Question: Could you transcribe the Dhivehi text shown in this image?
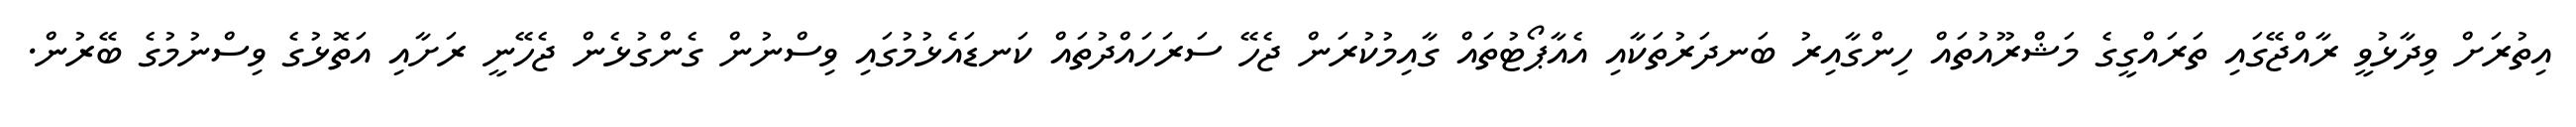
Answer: އިތުރަށް ވިދާޅުވީ ރާއްޖޭގައި ތަރައްގީގެ މަޝްރޫއުތައް ހިންގާއިރު ބަނދަރުތަކާއި އެއާޕޯޓުތައް ގާއިމުކުރަން ޖެހޭ ސަރަހައްދުތައް ކަނޑައެޅުމުގައި ވިސްނުން ގެންގުޅެން ޖެހޭނީ ރަށާއި އަތޮޅުގެ ވިސްނުމުގެ ބޭރުން.